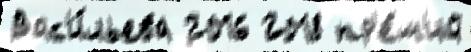
Вас'и́льева 2016 2018 пр'е́м'ий